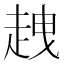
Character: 𧻭